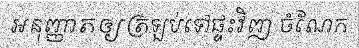
អនុញ្ញាតឲ្យត្រឡប់ទៅផ្ទះវិញ ចំណែក